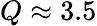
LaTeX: Q\approx 3.5